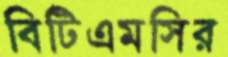
বিটিএমসির